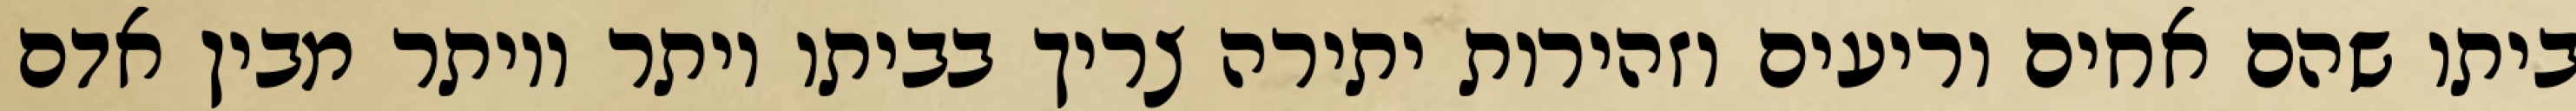
ביתו שהם אחים וריעים וזהירות יתירה צריך בביתו יותר ויותר מבין אדם